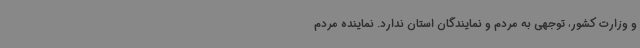
و وزارت کشور، توجهی به مردم و نمایندگان استان ندارد. نماینده مردم